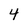
Character: 4